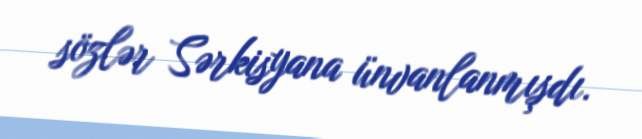
sözlər Sərkisyana ünvanlanmışdı.